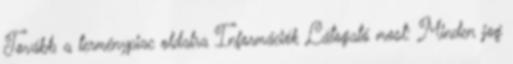
Tovább a terménypiac oldalra Információk Látogató most: Minden jog